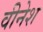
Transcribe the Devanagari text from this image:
वीनेश